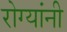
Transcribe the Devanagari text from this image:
रोग्यांनी